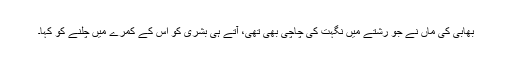
بھابی کی ماں نے جو رشتے میں نگہت کی چاچی بھی تھی، آتے ہی بشریٰ کو اس کے کمرے میں چلنے کو کہا۔